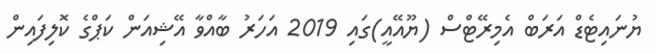
ޔުނައިޓެޑް އަރަބް އެމިރޭޓްސް (ޔޫއޭއީ)ގައި 2019 އަހަރު ބާއްވާ އޭޝިއަން ކަޕްގެ ކޮލިފައިން